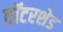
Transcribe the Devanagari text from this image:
वॉटरशेड